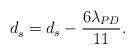
LaTeX: \begin{align*} d_s^{}= d_s-\frac{6\lambda_{PD}}{11}. \end{align*}